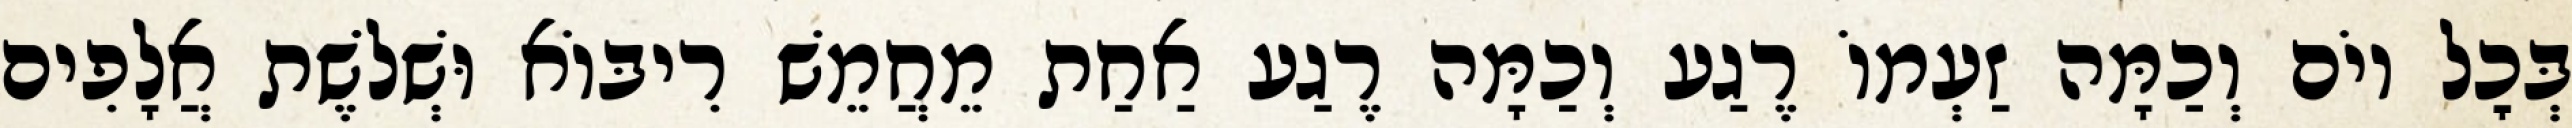
בְּכׇל יוֹם וְכַמָּה זַעְמוֹ רֶגַע וְכַמָּה רֶגַע אַחַת מֵחֲמֵשׁ רִיבּוֹא וּשְׁלֹשֶׁת אֲלָפִים